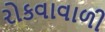
રોકવાવાળી